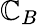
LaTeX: \mathbb{C}_{B}